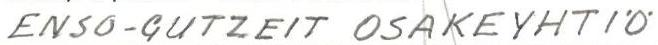
ENSO-GUTZEIT OSAKEYHTIÖ